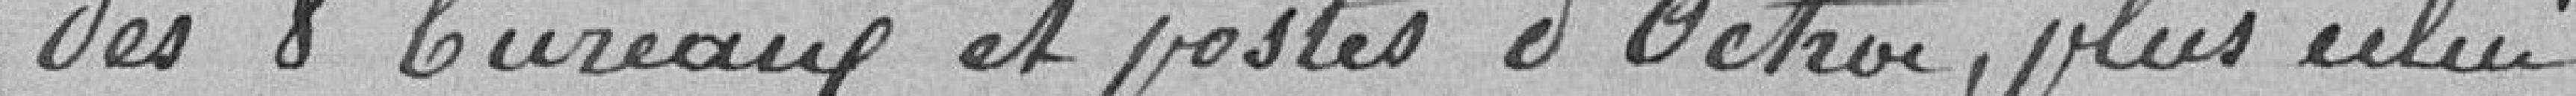
des 8 bureaux et postes d'octroi, plus celui